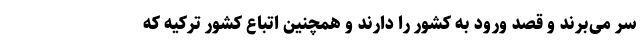
سر می‌برند و قصد ورود به کشور را دارند و همچنین اتباع کشور ترکیه که